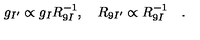
g _ { I ^ { \prime } } \propto g _ { I } R _ { 9 I } ^ { - 1 } , \quad R _ { 9 I ^ { \prime } } \propto R _ { 9 I } ^ { - 1 } \quad .